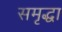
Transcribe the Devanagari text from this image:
समृद्धा